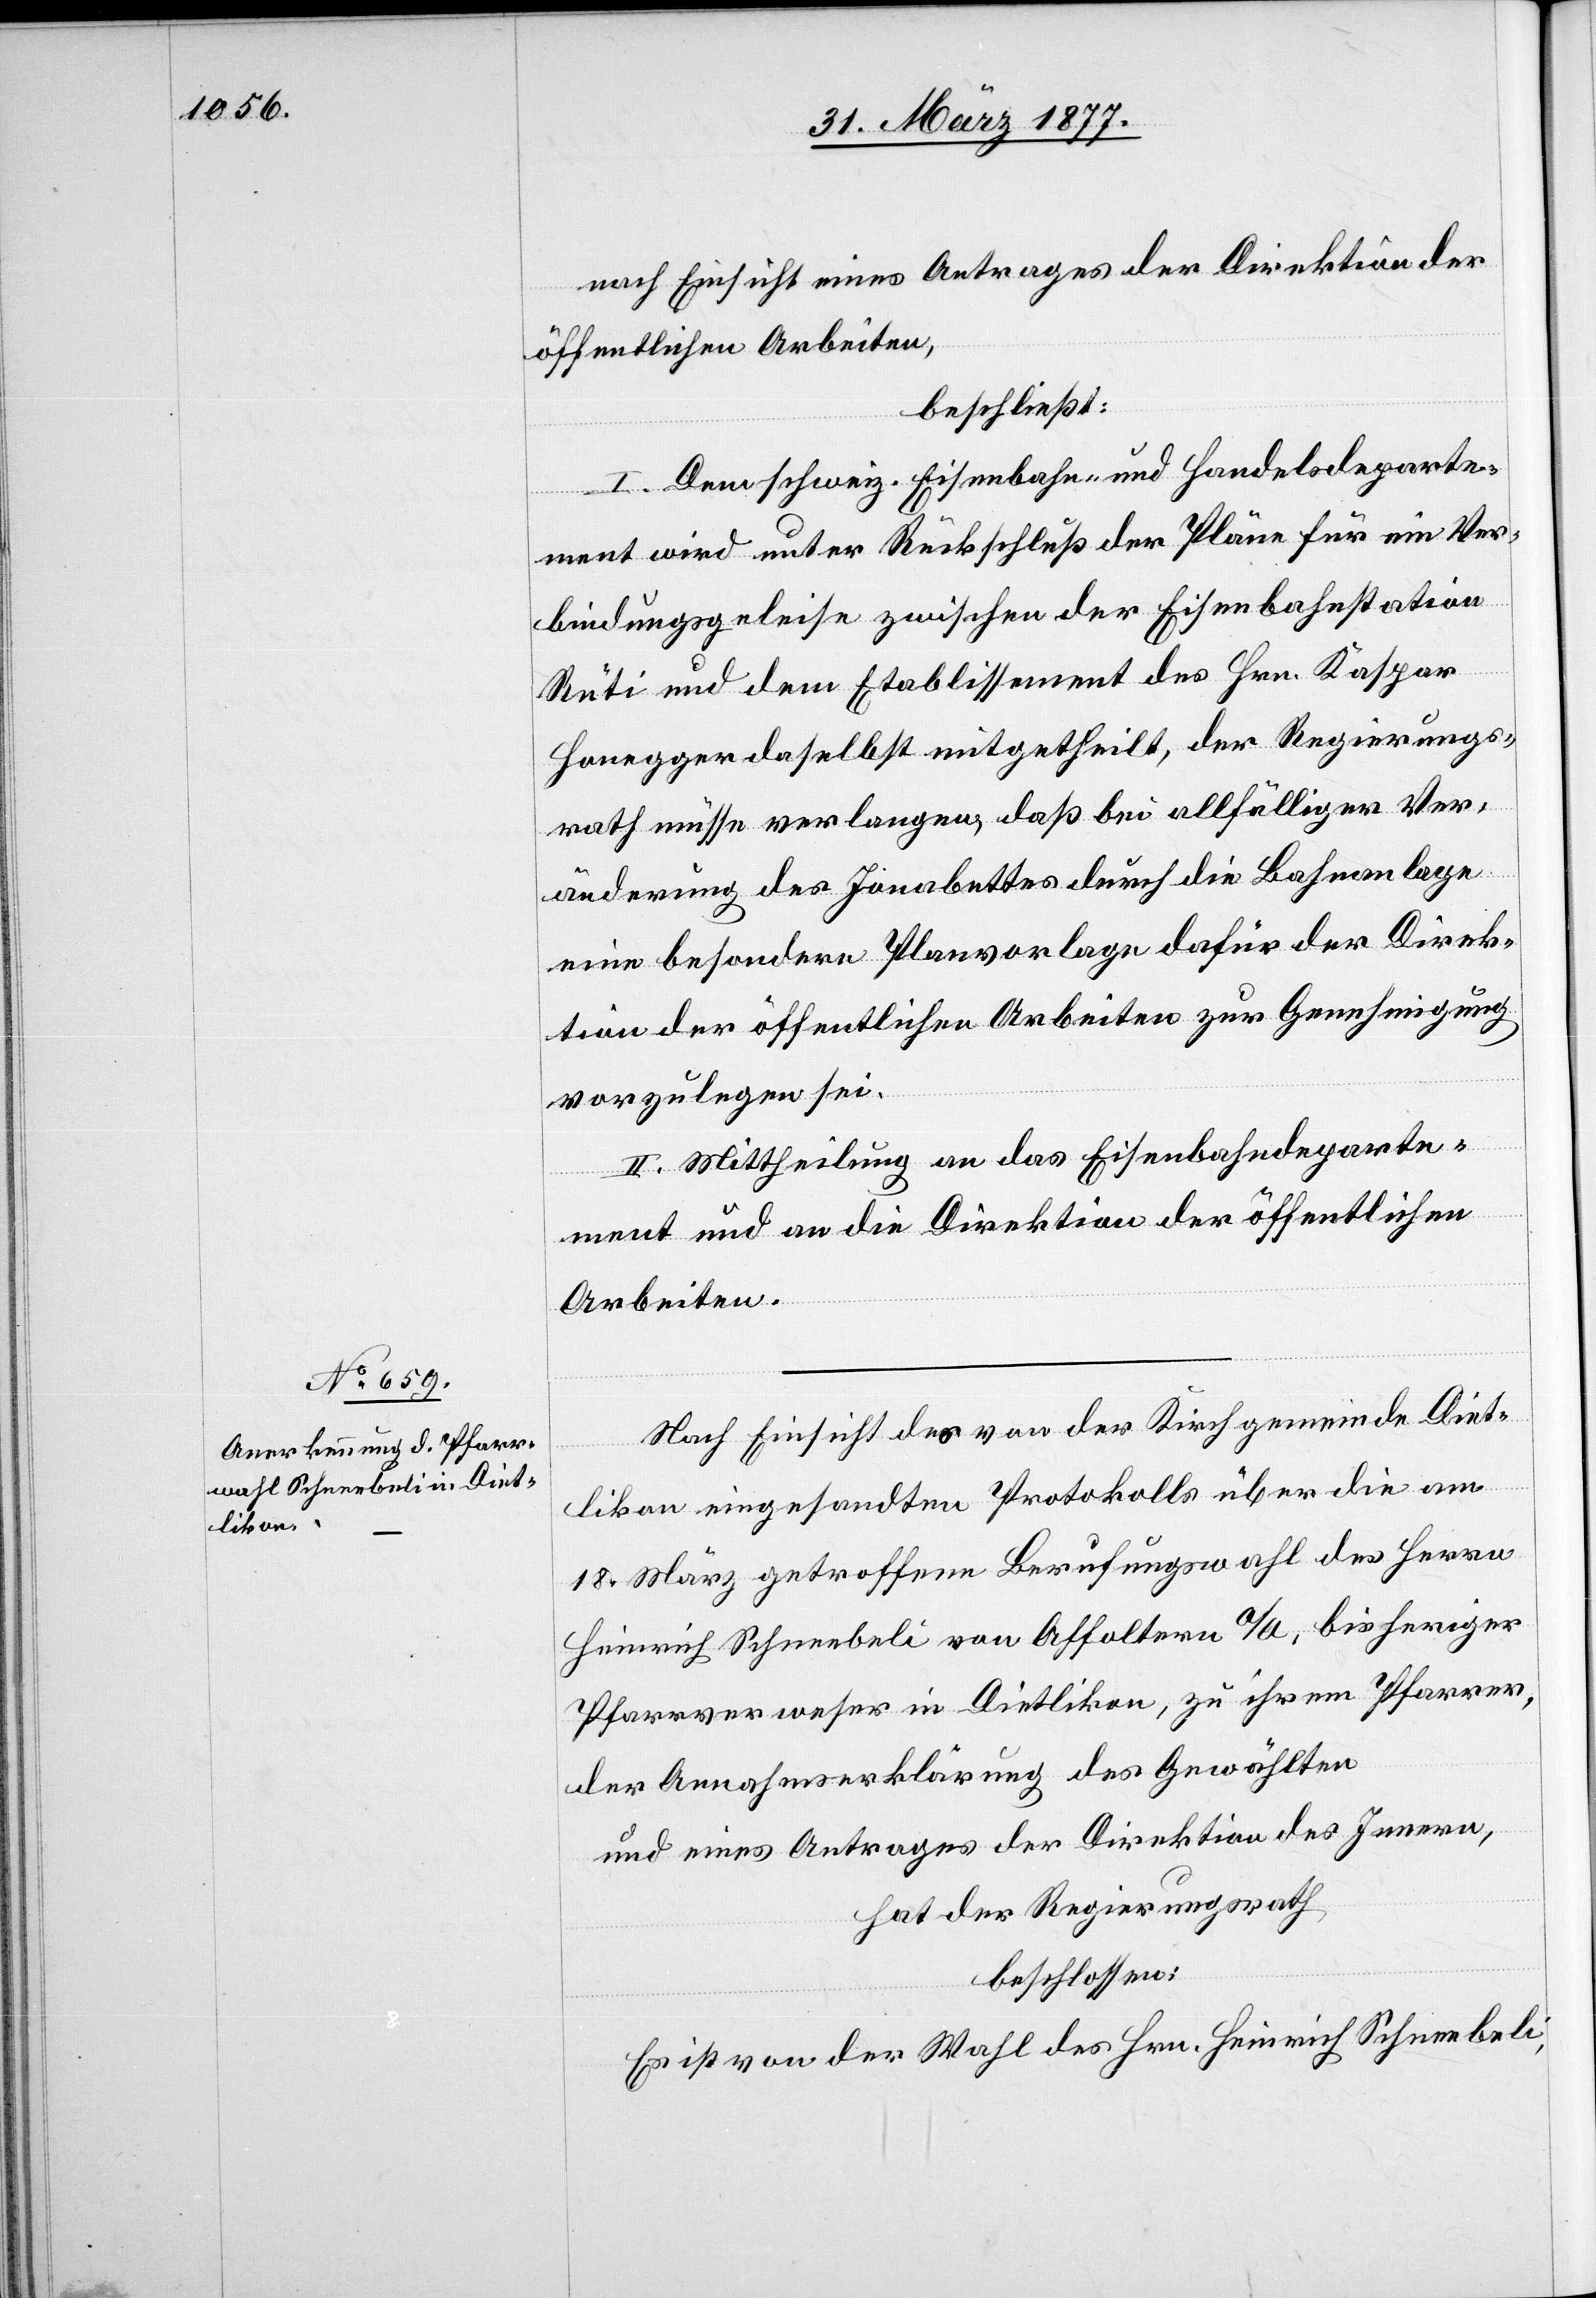
nach Einsicht eines Antrages der Direktion der
öffentlichen Arbeiten,
beschließt:
I. Dem schweiz. Eisenbahn- und Handelsdeparte¬
ment wird unter Rückschluß der Pläne für ein Ver¬
bindungsgeleise zwischen der Eisenbahnstation
Rüti und dem Etablissement des Hrn. Kaspar
Honegger daselbst mitgetheilt, der Regierungs¬
rath müsse verlangen, daß bei allfälliger Ver¬
änderung des Jonabettes durch die Bahnanlage
eine besondere Planvorlage dafür der Direk¬
tion der öffentlichen Arbeiten zur Genehmigung
vorzulegen sei.
II. Mittheilung an das Eisenbahndeparte¬
ment und an die Direktion der öffentlichen
Arbeiten.
Nach Einsicht des von der Kirchgemeinde Diet¬
likon eingesandten Protokolls über die am
18. März getroffene Berufungswahl des Herrn
Heinrich Schneebeli von Affoltern a/A., bisheriger
Pfarrverweser in Dietlikon, zu ihrem Pfarrer,
der Annahmserklärung des Gewählten,
und eines Antrages der Direktion des Innern,
hat der Regierungsrath
beschlossen:
Es ist von der Wahl des Hrn. Heinrich Schneebeli,